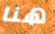
هنا